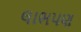
લાભપણ